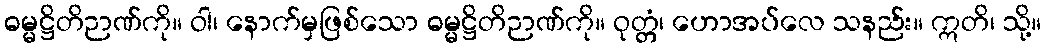
ဓမ္မဋ္ဌိတိဉာဏ်ကို။ ဝါ၊ နောက်မှဖြစ်သော ဓမ္မဋ္ဌိတိဉာဏ်ကို။ ဝုတ္တံ၊ ဟောအပ်လေ သနည်း။ ဣတိ၊ သို့။